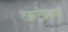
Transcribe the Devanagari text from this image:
तक्रारीप्रकरणी